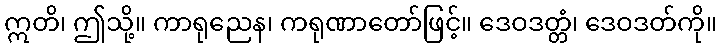
ဣတိ၊ ဤသို့။ ကာရုညေန၊ ကရုဏာတော်ဖြင့်။ ဒေဝဒတ္တံ၊ ဒေဝဒတ်ကို။